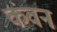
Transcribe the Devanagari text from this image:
कंवन